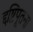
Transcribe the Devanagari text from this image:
द्दष्टिपूतना